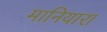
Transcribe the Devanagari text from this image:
मानियारा